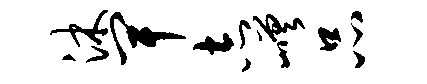
沐卑志嵯品